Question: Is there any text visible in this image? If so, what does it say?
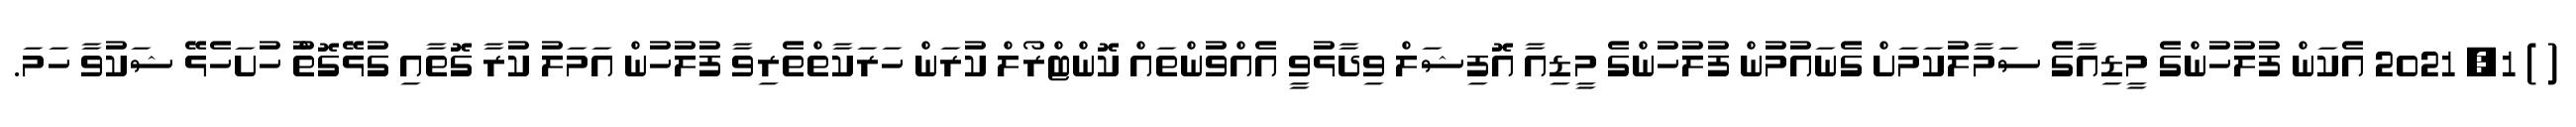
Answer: ( ) 1, 2021 އެކަން ފުލުހުންގެ މީޑިއާގެ ސަމާލުކަމަށް ގެނައުމުން ފުލުހުންގެ މީޑިއާ އޮފިޝަލް ވިދާޅުވީ އެއްވުންތައް ކޮންޓްރޯލް ކުރަން ހަރަކާތްތެރިވާ ފުލުހުން އަމަލު ކުރާ ގޮތާއި ގުޅޭގޮތުް ހުށަހެޅޭ ޝަކުވާ ހަމަ.